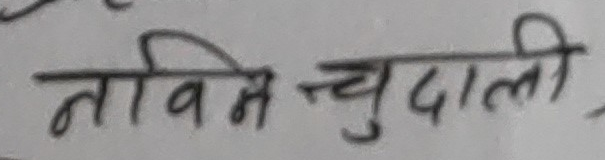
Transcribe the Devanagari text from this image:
नविन् चुदाली